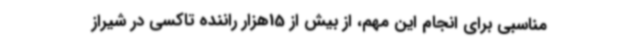
مناسبی برای انجام این مهم، از بیش از 15هزار راننده تاکسی در شیراز